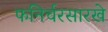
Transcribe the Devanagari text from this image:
फनिर्चरसारखे